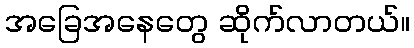
အခြေအနေတွေ ဆိုက်လာတယ်။